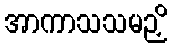
အာကာသသမဉှိ